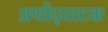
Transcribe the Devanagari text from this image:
अर्थोद्घाटक